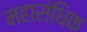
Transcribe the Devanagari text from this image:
महासंधिक